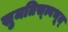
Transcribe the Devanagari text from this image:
सुमतिस्त्वभूत्